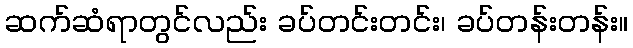
ဆက်ဆံရာတွင်လည်း ခပ်တင်းတင်း၊ ခပ်တန်းတန်း။